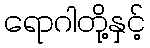
ရောဂါတို့နှင့်